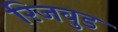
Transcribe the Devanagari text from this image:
रिजवुड